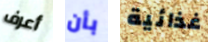
أعرف بأن غذائية